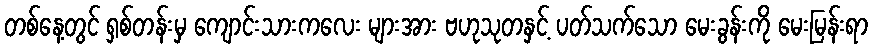
တစ်နေ့တွင် ရှစ်တန်းမှ ကျောင်းသားကလေး များအား ဗဟုသုတနှင့် ပတ်သက်သော မေးခွန်းကို မေးမြန်းရာ